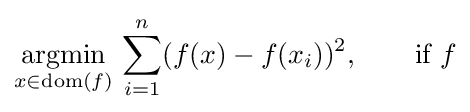
{\underset {x\in \operatorname {dom} (f)}{\operatorname {argmin} }}\,\sum _{i=1}^{n}(f(x)-f(x_{i}))^{2},\qquad {\text{if }}f